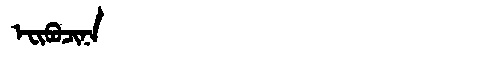
Manchu: ᡝᠸᡳᠪᡠᠴᡳᠨᠠ
Romanization: EFIBUCINA